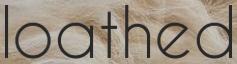
loathed